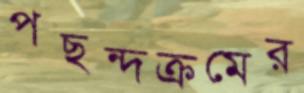
পছন্দক্রমের